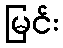
မြင်း